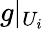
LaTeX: g|_{U_{i}}